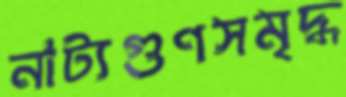
নাট্যগুণসমৃদ্ধ